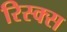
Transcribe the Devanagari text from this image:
रिस्क्स